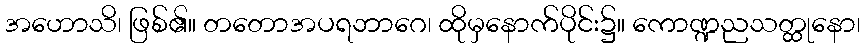
အဟောသိ၊ ဖြစ်၏။ တတောအပရဘာဂေ၊ ထိုမှနောက်ပိုင်း၌။ ကောဏ္ဍညသတ္ထုနော၊